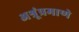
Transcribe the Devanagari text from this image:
अश्रूंप्रमाणे